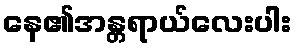
နေ၏အန္တရာယ်လေးပါး